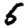
Digit: 5